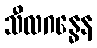
သီလဂန္ဓေန